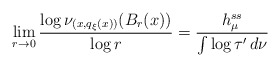
\begin{align*}\lim _{r \rightarrow 0} \frac{\log \nu _{(x, q_\xi (x) )} ( B _r (x) )}{\log r} = \frac{h ^{ss} _\mu}{\int \log \tau ' \, d \nu} \end{align*}